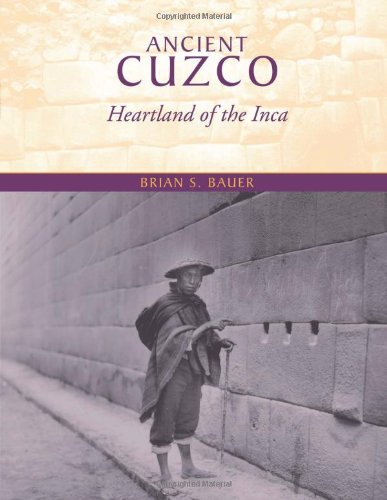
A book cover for Ancient Cuzco: Heartland of the Inca (Joe R. and Teresa Lozana Long Series in Latin American and Latino Art and Culture); Brian S. Bauer; History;